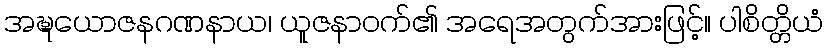
အဍ္ဎယောဇနဂဏနာယ၊ ယူဇနာဝက်၏ အရေအတွက်အားဖြင့်။ ပါစိတ္တိယံ